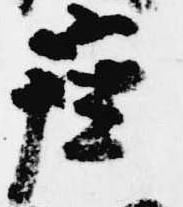
座